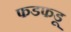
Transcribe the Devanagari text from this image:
फडफडू